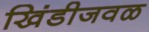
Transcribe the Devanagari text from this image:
खिंडीजवळ